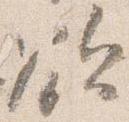
欲